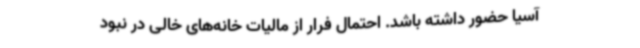
آسیا حضور داشته باشد. احتمال فرار از مالیات خانه‌های خالی در نبود